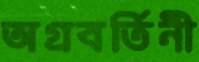
অগ্রবর্তিনী